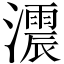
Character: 𤂪